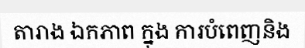
តារាង ឯកភាព ក្នុង ការបំពេញនិង